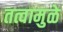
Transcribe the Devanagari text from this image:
तत्वामुळे